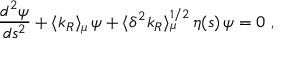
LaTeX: { \frac { d ^ { 2 } \psi } { d s ^ { 2 } } } + \langle k _ { R } \rangle _ { \mu } \, \psi + \langle \delta ^ { 2 } k _ { R } \rangle _ { \mu } ^ { 1 / 2 } \, \eta ( s ) \, \psi = 0 ~ ,